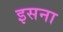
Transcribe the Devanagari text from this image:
इसना